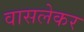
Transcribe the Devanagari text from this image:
वासलेकर